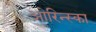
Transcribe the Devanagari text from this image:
ओरिन्स्का